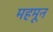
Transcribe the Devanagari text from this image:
महमून